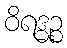
ဝိရဒ္ဓဉ္စ